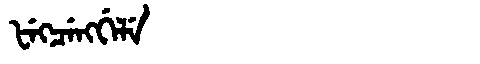
Manchu: ᡶᡝᡴᠴᡝᠩᡤᡝᠯᡝ
Romanization: FEKCENGGELE